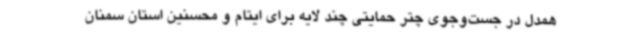
همدل در جست‌وجوی چتر حمایتی چند لایه برای ایتام و محسنین استان سمنان